Philaematomyia insignis, Austen - Number 54
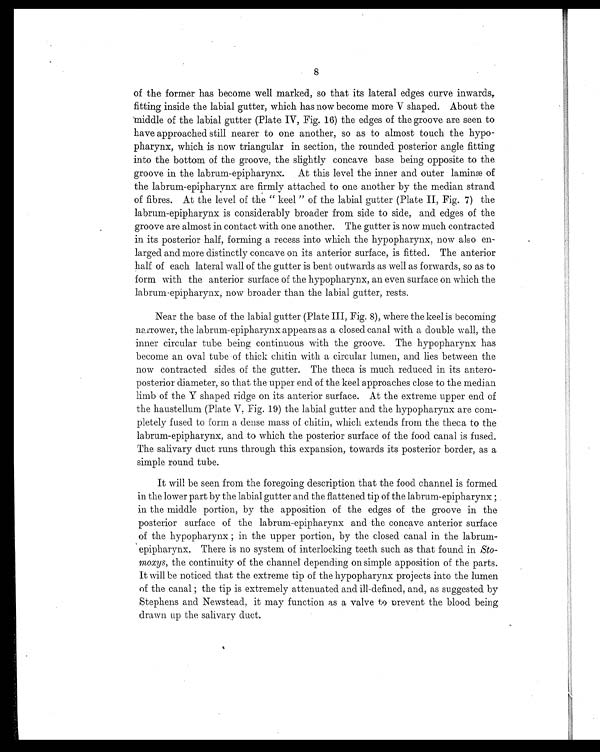
of the former has become well marked, so that its lateral edges curve inwards,
fitting inside the labial gutter, which has now become more V shaped. About the
middle of the labial gutter (Plate IV, Fig. 16) the edges of the groove are seen to
have approached still nearer to one another, so as to almost touch the hypo-
pharynx, which is now triangular in section, the rounded posterior angle fitting
into the bottom of the groove, the slightly concave base being opposite to the
groove in the labrum-epipharynx. At this level the inner and outer laminæ of
the labrum-epipharynx are firmly attached to one another by the median strand
of fibres. At the level of the " keel " of the labial gutter (Plate II, Fig. 7) the
labrum-epipharynx is considerably broader from side to side, and edges of the
groove are almost in contact with one another. The gutter is now much contracted
in its posterior half, forming a recess into which the hypopharynx, now also en
-larged and more distinctly concave on its anterior surface, is fitted. The anterior
half of each lateral wall of the gutter is bent outwards as well as forwards, so as to
form with the anterior surface of the hypopharynx, an even surface on which the
labrum-epipharynx, now broader than the labial gutter, rests.
Near the base of the labial gutter (Plate III, Fig. 8), where the keel is
becoming narrower the labrum-epipharynx appears as a closed. canal with a double wall, the
inner circular tube being continuous with the groove. The hypopharynx has
become an oval tube of thick chitin with a circular lumen, and lies between the
now contracted sides of the gutter. The theca is much reduced in its antero
- p o s t e r i o r d i a m e t e r , s o t h a t t h e u p p e r e n d o f t h e k e e l a p p r o a c h e s c l o s e t o t h e m e d i a n
limb of the Y shaped ridge on its anterior surface. At the extreme upper end of
the haustellum (Plate V, Fig. 19) the labial gutter and the hypopharynx are com
- p l e t e l y f u s e d t o f o r m a d e n s e m a s s o f c h i t i n , w h i c h e x t e n d s f r o m t h e t h e c a t o t h e
labrum-epipharynx, and to which the posterior surface of the food canal is fused.
The salivary duct runs through this expansion, towards its posterior border, as a
simple round tube.
It will be seen from the foregoing description that the food channel is formed
in the lower part by the labial gutter and the flattened tip of the labrum-epipharynx ;
in the middle portion, by the apposition of the edges of the groove in the
posterior surface of the labrum-epipharynx and the concave anterior surface
of the hypopharynx ; in the upper portion, by the closed canal in the labrum
- e p i p h a r y n x . T h e r e i s n o s y s t e m o f i n t e r l o c k i n g t e e t h s u c h a s t h a t f o u n d i nSto
- m o x y s ,
t h e c o n t i n u i t y o f t h e c h a n n e l d e p e n d i n g o n s i m p l e a p p o s i t i o n o f t h e p a r t s .
It will be noticed that the extreme tip of the hypopharynx projects into the lumen
of the canal ; the tip is extremely attenuated and ill-defined, and, as suggested by
Stephens and Newstead, it may function as a valve to Drevent the blood being
drawn up the salivary duct.